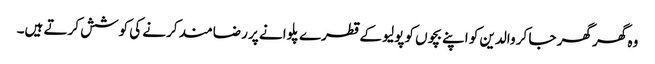
وہ گھر گھر جا کر والدین کو اپنے بچوں کو پولیو کے قطرے پلوانے پر رضامند کرنے کی کوشش کرتے ہیں۔